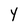
Character: Y